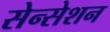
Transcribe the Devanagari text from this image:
सेन्सेशन